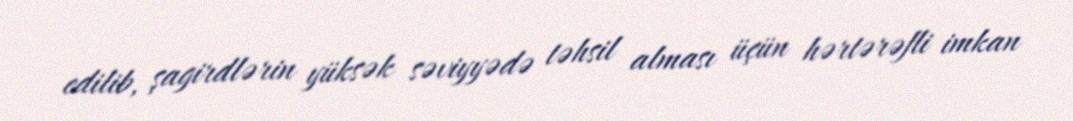
edilib, şagirdlərin yüksək səviyyədə təhsil alması üçün hərtərəfli imkan